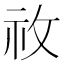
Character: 𥘦